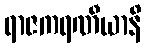
ရာဇကရဏီယာနိ